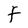
Character: f